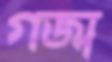
গর্‌জা